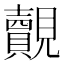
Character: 覿